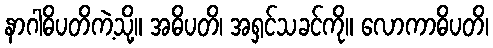
နာဂါဓိပတိကဲ့သို့။ အဓိပတိ၊ အရှင်သခင်ကို။ လောကာဓိပတိ၊